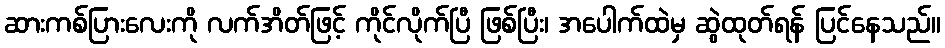
ဆားကစ်ပြားလေးကို လက်အိတ်ဖြင့် ကိုင်လိုက်ပြီ ဖြစ်ပြီး၊ အပေါက်ထဲမှ ဆွဲထုတ်ရန် ပြင်နေသည်။